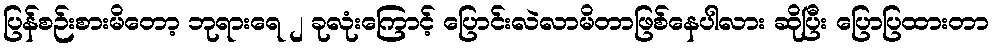
ပြန်စဉ်းစားမိတော့ ဘုရားရေ ၂ ခုလုံးကြောင့် ပြောင်းလဲလာမိတာဖြစ်နေပါလား ဆိုပြီး ပြောပြထားတာ